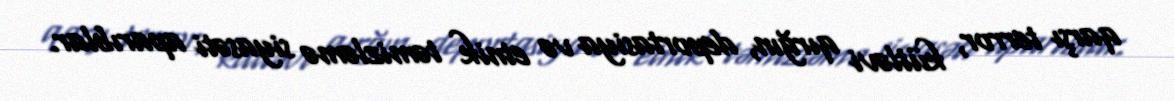
qarşı terror, kütləvi qırğın, deportasiya və etnik təmizləmə siyasəti aparıblar.